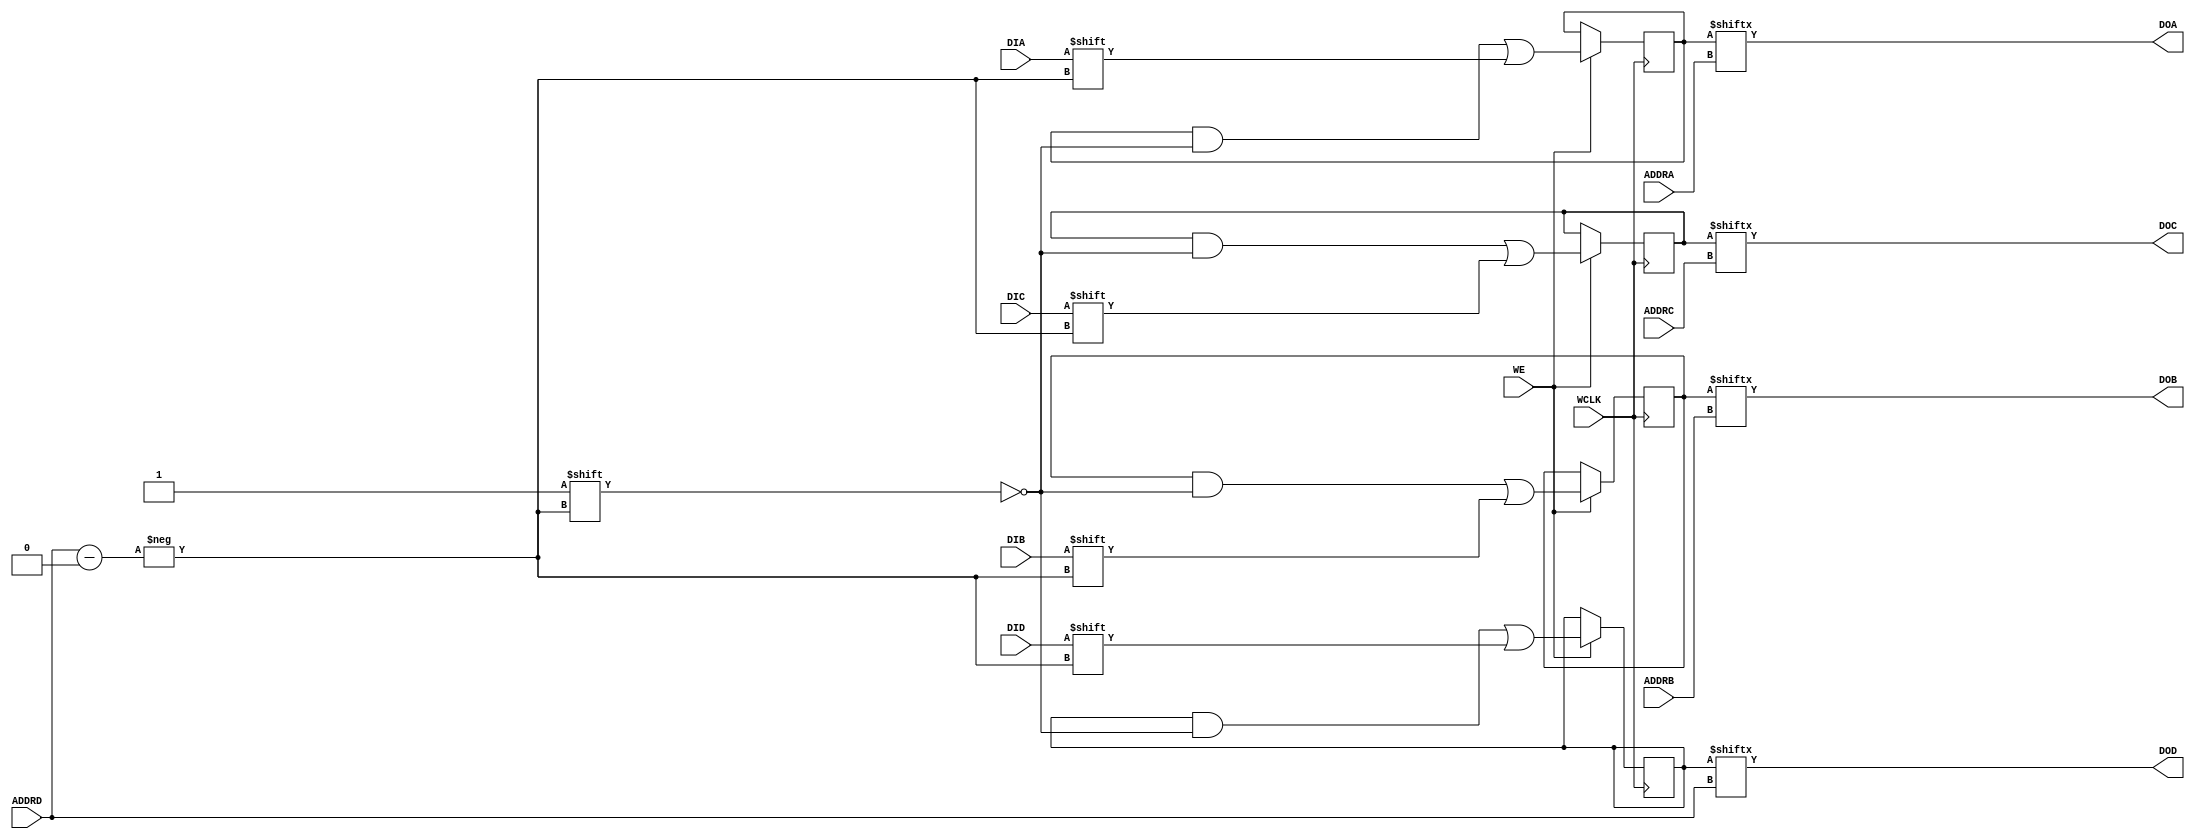
// $Header: /devl/xcs/repo/env/Databases/CAEInterfaces/xec_libs/data/unisims/RAM64M.v,v 1.2 2008/05/05 22:10:46 vandanad Exp $
///////////////////////////////////////////////////////////////////////////////
// Copyright (c) 1995/2006 Xilinx, Inc.
// All Right Reserved.
///////////////////////////////////////////////////////////////////////////////
//   ____  ____
//  /   /\/   /
// /___/  \  /    Vendor : Xilinx
// \   \   \/     Version : 8.2i
//  \   \         Description : Xilinx Function Simulation Library Component
//  /   /                 64-Deep by 4-bit Wide Multi Port RAM 
// /___/   /\     Filename : RAM64M.v
// \   \  /  \    Timestamp : Wed Jun  7 16:13:41 PDT 2006
//  \___\/\___\
//
// Revision:
//    06/07/06 - Initial version.
// End Revision

`timescale 1 ps/1 ps

module RAM64M (DOA, DOB, DOC, DOD, ADDRA, ADDRB, ADDRC, ADDRD, DIA, DIB, DIC, DID, WCLK, WE);

  parameter  INIT_A = 64'h0000000000000000;
  parameter  INIT_B = 64'h0000000000000000;
  parameter  INIT_C = 64'h0000000000000000;
  parameter  INIT_D = 64'h0000000000000000;
  output  DOA;
  output  DOB;
  output  DOC;
  output  DOD;
  input [5:0] ADDRA;
  input [5:0] ADDRB;
  input [5:0] ADDRC;
  input [5:0] ADDRD;
  input  DIA;
  input  DIB;
  input  DIC;
  input  DID;
  input WCLK;
  input WE;
  
  reg [63:0] mem_a, mem_b, mem_c, mem_d;
  reg notifier;

  initial begin
    mem_a = INIT_A;
    mem_b = INIT_B;
    mem_c = INIT_C;
    mem_d = INIT_D;
  end

  always @(posedge WCLK)
    if (WE) begin
      mem_a[ADDRD] <= #100 DIA;
      mem_b[ADDRD] <= #100 DIB;
      mem_c[ADDRD] <= #100 DIC;
      mem_d[ADDRD] <= #100 DID;
  end

   assign  DOA = mem_a[ADDRA];
   assign  DOB = mem_b[ADDRB];
   assign  DOC = mem_c[ADDRC];
   assign  DOD = mem_d[ADDRD];

endmodule